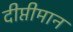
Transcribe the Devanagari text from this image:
दीप्तीमान